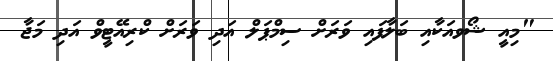
"މިއީ ޝޯވއަކާއި ބަލާފައި ވަރަށް ސިމްޕަލް އަދި ވަރަށް ކްރިއޭޓީވް އަދި މަޖާ